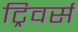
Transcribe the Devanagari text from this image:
ट्रिवर्स